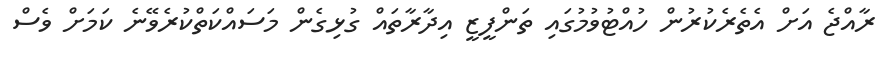
ރާއްޖެ އަށް އެތެރެކުރުން ހުއްޓުވުމުގައި ތަންފީޒީ އިދާރާތައް ގުޅިގެން މަސައްކަތްކުރެވޭނެ ކަމަށް ވެސް